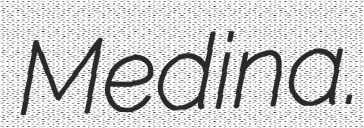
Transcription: Medina.